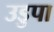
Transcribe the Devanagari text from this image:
उडुपा